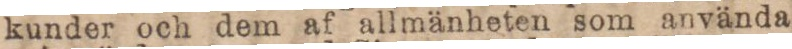
kunder och dem af allmänheten som använda